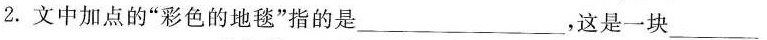
2.文中加点的”彩色的地毯”指的是___，这是一块___